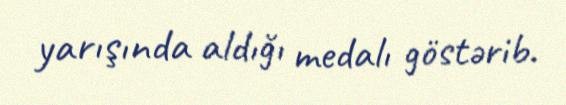
yarışında aldığı medalı göstərib.